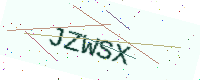
Text: JZWSX